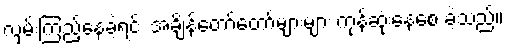
လှမ်းကြည့်နေခဲ့ရင်း အချိန်တော်တော်များများ ကုန်ဆုံးနေစေ ခဲ့သည်။